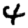
Digit: 4